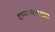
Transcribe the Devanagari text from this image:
टप्प्यासारख्या